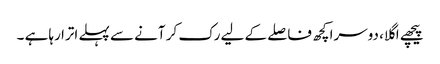
پیچھے اگلا، دوسرا کچھ فاصلے کے لیے رک کر آنے سے پہلے اترا رہا ہے ۔